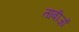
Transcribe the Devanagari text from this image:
ताबीज़ों